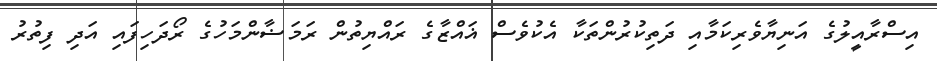
އިސްރާއީލުގެ އަނިޔާވެރިކަމާއި ދަތިކުރުންތަކާ އެކުވެސް ޣައްޒާގެ ރައްޔިތުން ރަމަޟާންމަހުގެ ރޯދަހިފައި އަދި ފިތުރު